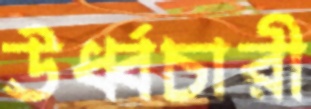
ঊর্ধ্বচারী